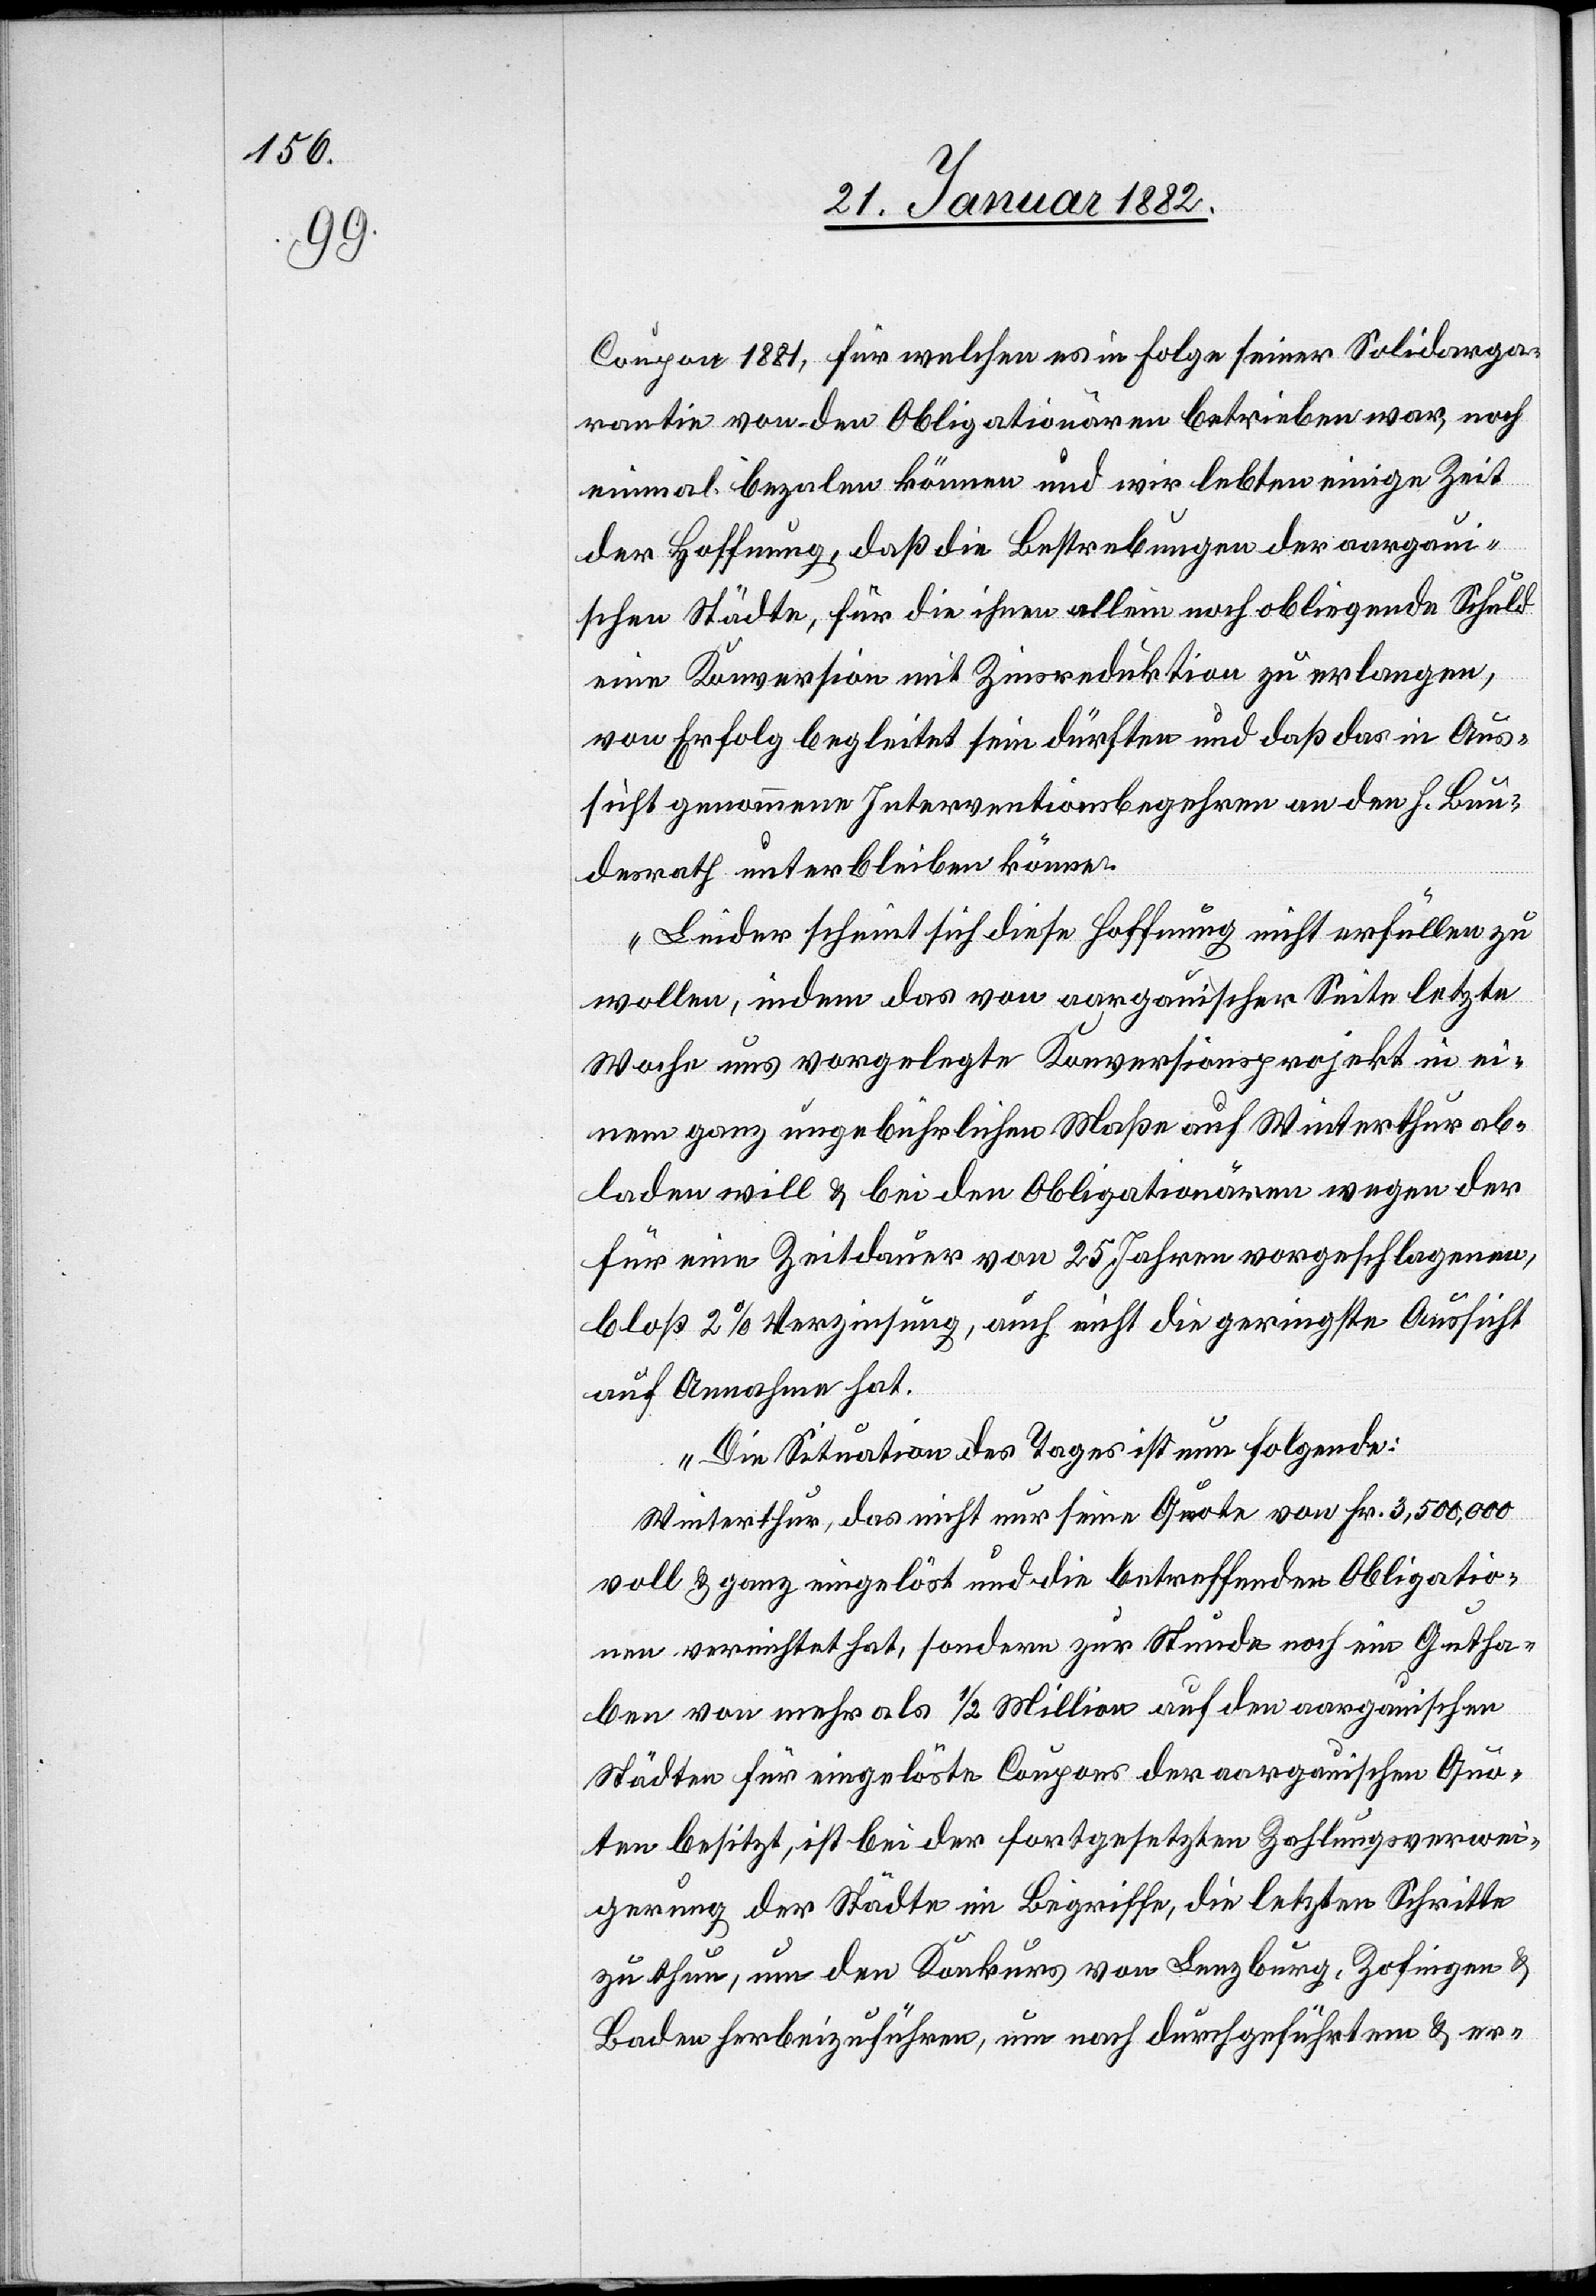
Coupon 1881, für welchen es in Folge seiner Solidarga¬
rantie von den Obligationären betrieben war, noch
einmal beza[h]len können und wir lebten einige Zeit
der Hoffnung, daß die Bestrebungen der aargaui¬
schen Städte, für die ihnen allein noch obliegende Schuld
eine Konversion mit Zinsreduktion zu verlangen,
von Erfolg begleitet sein dürfte und daß das in Aus¬
sicht genommene Interventionsbegehren an den h. Bun¬
desrath unterbleiben könne.
Leider scheint sich diese Hoffnung nicht erfüllen zu
wollen, indem das von aargauischer Seite letzte
Woche aus vorgelegte Konversionsprojekt in ei¬
nen ganz ungebührlichen Maße auf Winterthur abge¬
laden wird & bei den Obligationären wegen der
für eine Zeitdauer von 25 Jahren vorgeschlagenen,
bloß 2% Verzinsung, auch nicht die geringste Aussicht
auf Annahme hat.
Die Situation des Tages ist nun folgende:
Winterthur, das nicht nur seine Quote von Fr. 3,500,000
voll & ganz eingelöst und die betreffenden Obligatio¬
nen verrichtet hat, sondern zur Stunde noch im Gutha¬
ben von mehr als 1/2 Million auf den aargauischen
Städte für eingelöste Coupons der aargauischen Quo¬
te besitzt, ist bei der fortgesetzten Zahlungsverwei¬
gerung der Städte im Begriffe, die letzten Schritte
zu thun, um den Konkurs von Lenzburg, Zofingen &
Baden herbeizuführen, um nach durchgeführten & er-